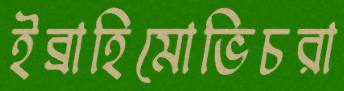
ইব্রাহিমোভিচরা